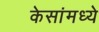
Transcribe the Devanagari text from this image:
केसांमध्ये